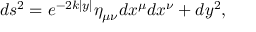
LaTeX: d s ^ { 2 } = e ^ { - 2 k | y | } \eta _ { \mu \nu } d x ^ { \mu } d x ^ { \nu } + d y ^ { 2 } ,